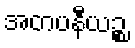
အတပနီယဉ္စ